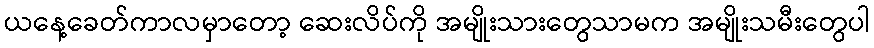
ယနေ့ခေတ်ကာလမှာတော့ ဆေးလိပ်ကို အမျိုးသားတွေသာမက အမျိုးသမီးတွေပါ